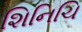
શિનિચિ